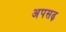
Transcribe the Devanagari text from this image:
अपसढ़